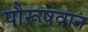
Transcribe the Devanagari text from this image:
पौरूषवान